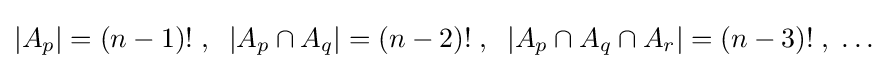
\left|A_{p}\right|=(n-1)!\;,\;\;\left|A_{p}\cap A_{q}\right|=(n-2)!\;,\;\;\left|A_{p}\cap A_{q}\cap A_{r}\right|=(n-3)!\;,\;\ldots